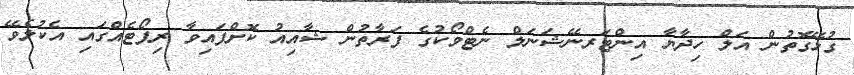
ގުޅޭގޮތުން އަލް ހިދާޔާ އިންޓަރނޭޝަނަލް ނެޓްވޯކުގެ ފަރާތުން ޝާއިއު ކޮށްފައިވާ ރިޕޯޓެއްގައި އެކުލެވޭ